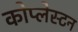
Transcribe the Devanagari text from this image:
कोप्लेस्टन